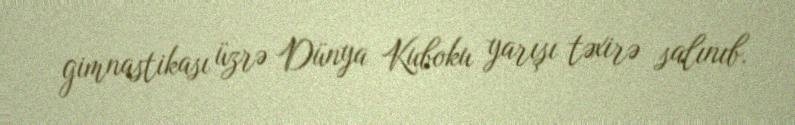
gimnastikası üzrə Dünya Kuboku yarışı təxirə salınıb.